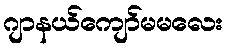
ဂျာနယ်ကျော်မမလေး